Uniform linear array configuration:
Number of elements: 16
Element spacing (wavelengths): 1
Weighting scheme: exponential
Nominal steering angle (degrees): -45
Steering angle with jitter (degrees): -44.005
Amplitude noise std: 0.05
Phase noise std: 0.05

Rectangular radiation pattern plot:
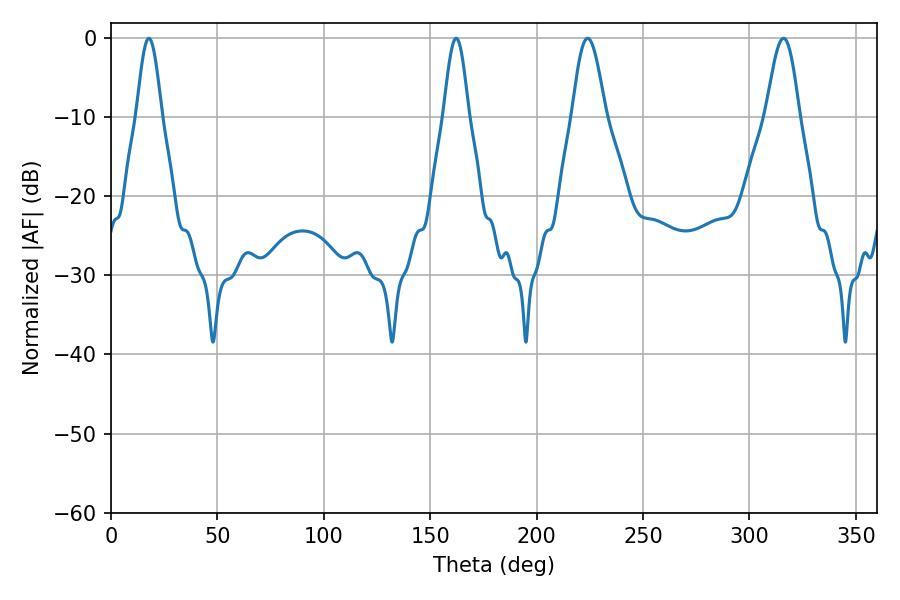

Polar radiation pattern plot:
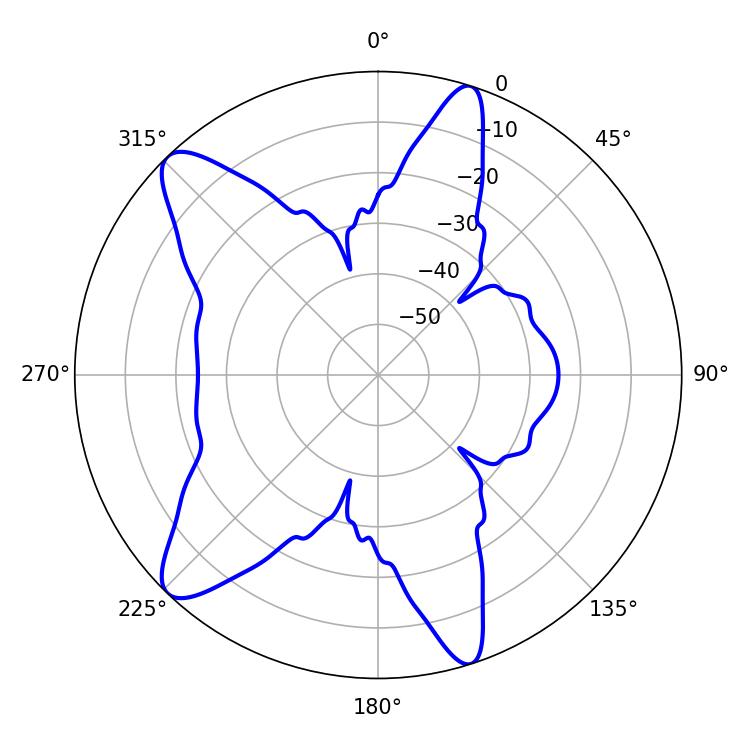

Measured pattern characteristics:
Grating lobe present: TRUE
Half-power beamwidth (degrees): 6.12
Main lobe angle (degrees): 17.82